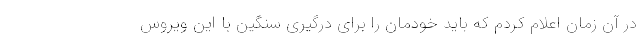
در آن زمان اعلام کردم که باید خودمان را برای درگیری سنگین با این ویروس